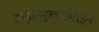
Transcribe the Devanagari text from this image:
डाइसाइक्लोमाइन